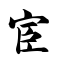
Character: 宦